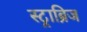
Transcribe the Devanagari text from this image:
स्ट्राब्रिज